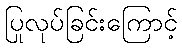
ပြုလုပ်ခြင်းကြောင့်